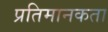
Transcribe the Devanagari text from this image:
प्रतिमानकता